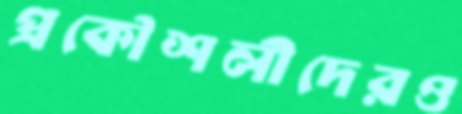
প্রকৌশলীদেরও